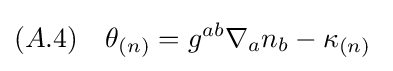
(A.4)\quad \theta _{(n)}=g^{ab}\nabla _{a}n_{b}-\kappa _{(n)}\;